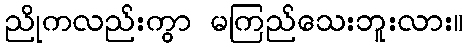
ညိုကလည်းကွာ မကြည်သေးဘူးလား။